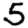
Digit: 5